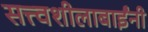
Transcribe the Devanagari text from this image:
सत्त्वशीलाबाईंनी